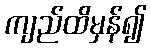
ကျည်ထိမှန်၍